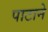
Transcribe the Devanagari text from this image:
पाटाने